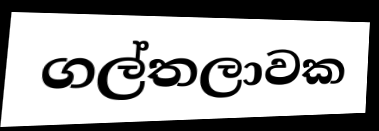
ගල්තලාවක